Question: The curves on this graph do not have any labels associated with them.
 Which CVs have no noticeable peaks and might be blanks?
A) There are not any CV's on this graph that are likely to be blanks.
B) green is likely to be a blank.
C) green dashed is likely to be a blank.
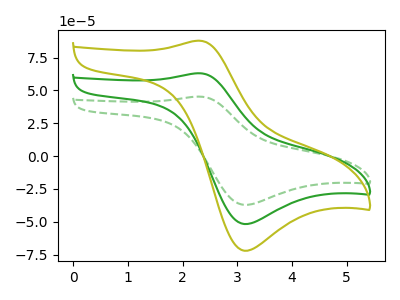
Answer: <think>The green dashed curve "green dashed" has an anodic peak at (2.30V, 45.30uA) and a cathodic peak at (3.10V, -37.15uA). The green curve "green" has an anodic peak at (2.30V, 63.10uA) and a cathodic peak at (3.10V, -51.75uA). The olive curve "olive" has an anodic peak at (2.30V, 126.25uA) and a cathodic peak at (3.10V, -103.50uA).</think>
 <answer>A) There are not any CV's on this graph that are likely to be blanks.</answer>
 <eval>A</eval>